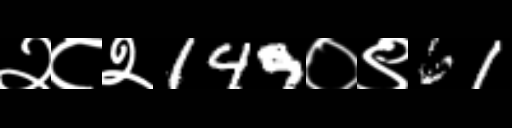
Text: २८२149०९61